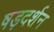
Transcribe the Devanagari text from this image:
षड़दर्शन